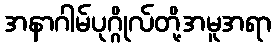
အနာဂါမ်ပုဂ္ဂိုလ်တို့အမူအရာ